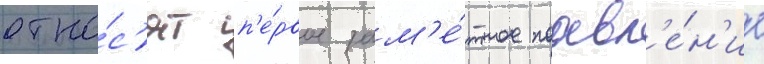
отно́с'ят п'е́рвое зам'е́тное поавл'е́н'ие